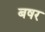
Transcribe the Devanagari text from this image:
बषर